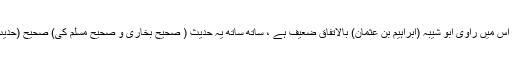
” یہ حدیث ضعیف ہے، کیونکہ اس میں راوی ابو شیبہ (ابراہیم بن عثمان) بالاتفاق ضعیف ہے ، ساتھ ساتھ یہ حدیث ( صحیح بخاری و صحیح مسلم کی) صحیح (حدیث ِ عائشہ ؓ) کے بھی خلاف ہے۔